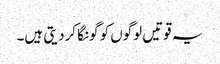
یہ قوتیں لوگوں کو گونگا کردیتی ہیں۔